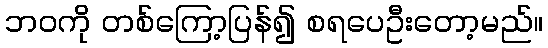
ဘဝကို တစ်ကြော့ပြန်၍ စရပေဦးတော့မည်။